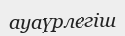
ауаүрлегіш